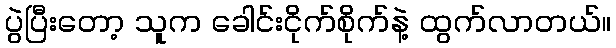
ပွဲပြီးတော့ သူက ခေါင်းငိုက်စိုက်နဲ့ ထွက်လာတယ်။